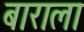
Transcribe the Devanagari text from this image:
बाराला